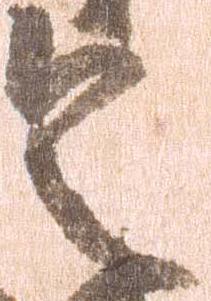
令